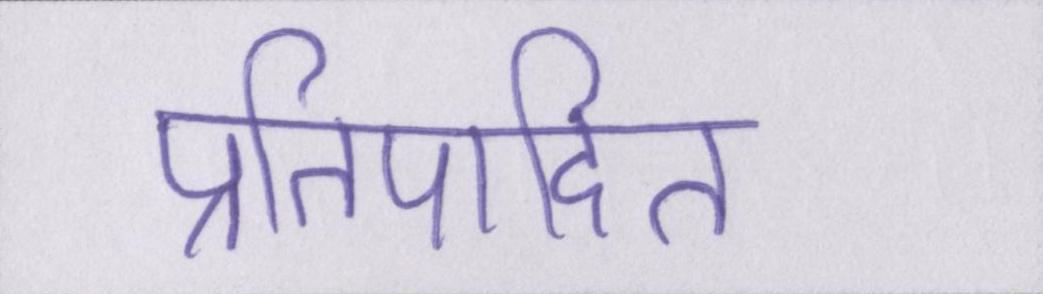
प्रतिपादित